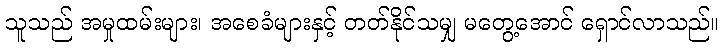
သူသည် အမှုထမ်းများ၊ အစေခံများနှင့် တတ်နိုင်သမျှ မတွေ့အောင် ရှောင်လာသည်။